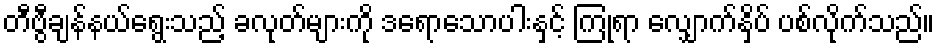
တီဗွီချန်နယ်ရွေးသည့် ခလုတ်များကို ဒရောသောပါးနှင့် ကြုံရာ လျှောက်နှိပ် ပစ်လိုက်သည်။